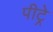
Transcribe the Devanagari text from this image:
पीट्रे